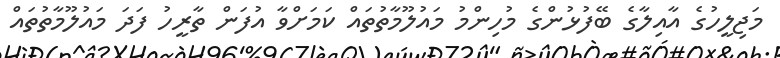
މަޖިލީހުގެ އާއިލާގެ ބޭފުޅުންގެ މުހިންމު މައުލޫމާތުތައް ކަމަށްވާ އުފަން ތާރީހު ފަދަ މައުލޫމާތުތައް